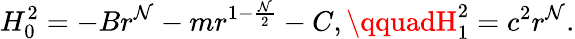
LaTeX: H_{0}^{2}=-Br^{\mathcal{N}}-mr^{1-\frac{{\mathcal{N}}}{{2}}}-C,\qquadH_{1}^{2}=c^{2}r^{\mathcal{N}}.